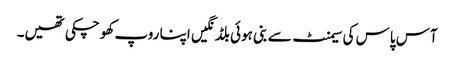
آس پاس کی سیمنٹ سے بنی ہوئی بلڈنگیں اپنا روپ کھو چکی تھیں۔